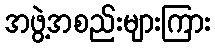
အဖွဲ့အစည်းများကြား